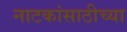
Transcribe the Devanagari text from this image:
नाटकांसाठीच्या